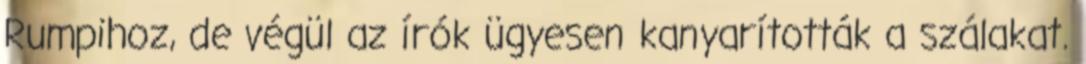
Rumpihoz, de végül az írók ügyesen kanyarították a szálakat.